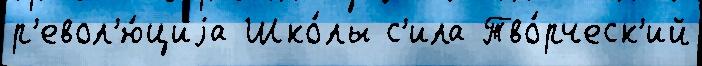
р'евол'ю́циjа Шко́лы с'ила Тво́рческ'ий